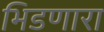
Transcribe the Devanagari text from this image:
भिडणारा